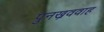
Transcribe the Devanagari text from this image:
पुनख्रववाह